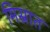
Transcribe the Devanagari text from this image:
मिस्रात